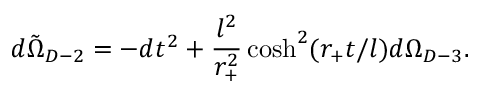
d \tilde { \Omega } _ { D - 2 } = - d t ^ { 2 } + \frac { l ^ { 2 } } { r _ { + } ^ { 2 } } \cosh ^ { 2 } ( r _ { + } t / l ) d \Omega _ { D - 3 } .